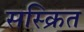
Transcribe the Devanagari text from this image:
सस्क्रित